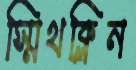
স্মিথক্লিন